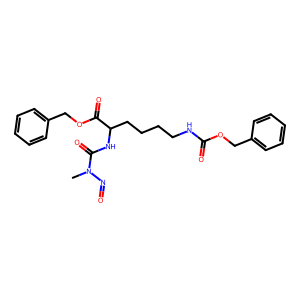
SMILES: CN(N=O)C(=O)NC(CCCCNC(=O)OCc1ccccc1)C(=O)OCc1ccccc1
Inhibits HIV replication: No